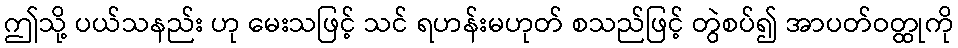
ဤသို့ ပယ်သနည်း ဟု မေးသဖြင့် သင် ရဟန်းမဟုတ် စသည်ဖြင့် တွဲစပ်၍ အာပတ်ဝတ္ထုကို